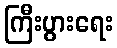
ကြီးပွားရေး